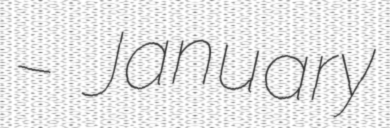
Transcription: – January